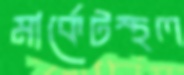
মার্কেটস্থল